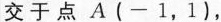
交于点A(-1，1)，